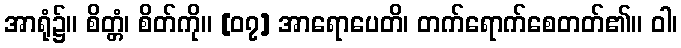
အာရုံ၌။ စိတ္တံ၊ စိတ်ကို။ [၀၇] အာရောပေတိ၊ တက်ရောက်စေတတ်၏။ ဝါ၊